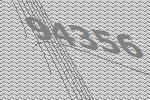
94356